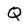
Character: Q